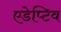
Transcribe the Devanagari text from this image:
एडेप्टिव